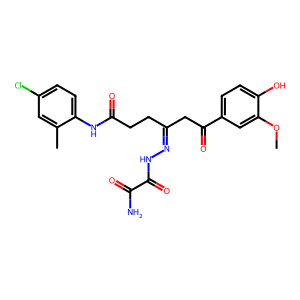
SMILES: COc1cc(C(=O)CC(CCC(=O)Nc2ccc(Cl)cc2C)=NNC(=O)C(N)=O)ccc1O
Inhibits HIV replication: No